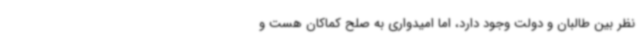
نظر بین طالبان و دولت وجود دارد، اما امیدواری به صلح کماکان هست و